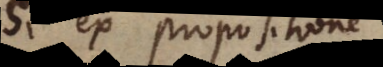
Si ex propositione